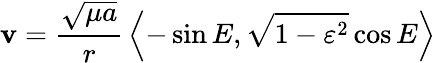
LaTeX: \mathbf{v}={\frac{\sqrt{\mu a}}{r}}\left\langle-\sin{E},{\sqrt{1-\varepsilon^{2}}}\cos{E}\right\rangle